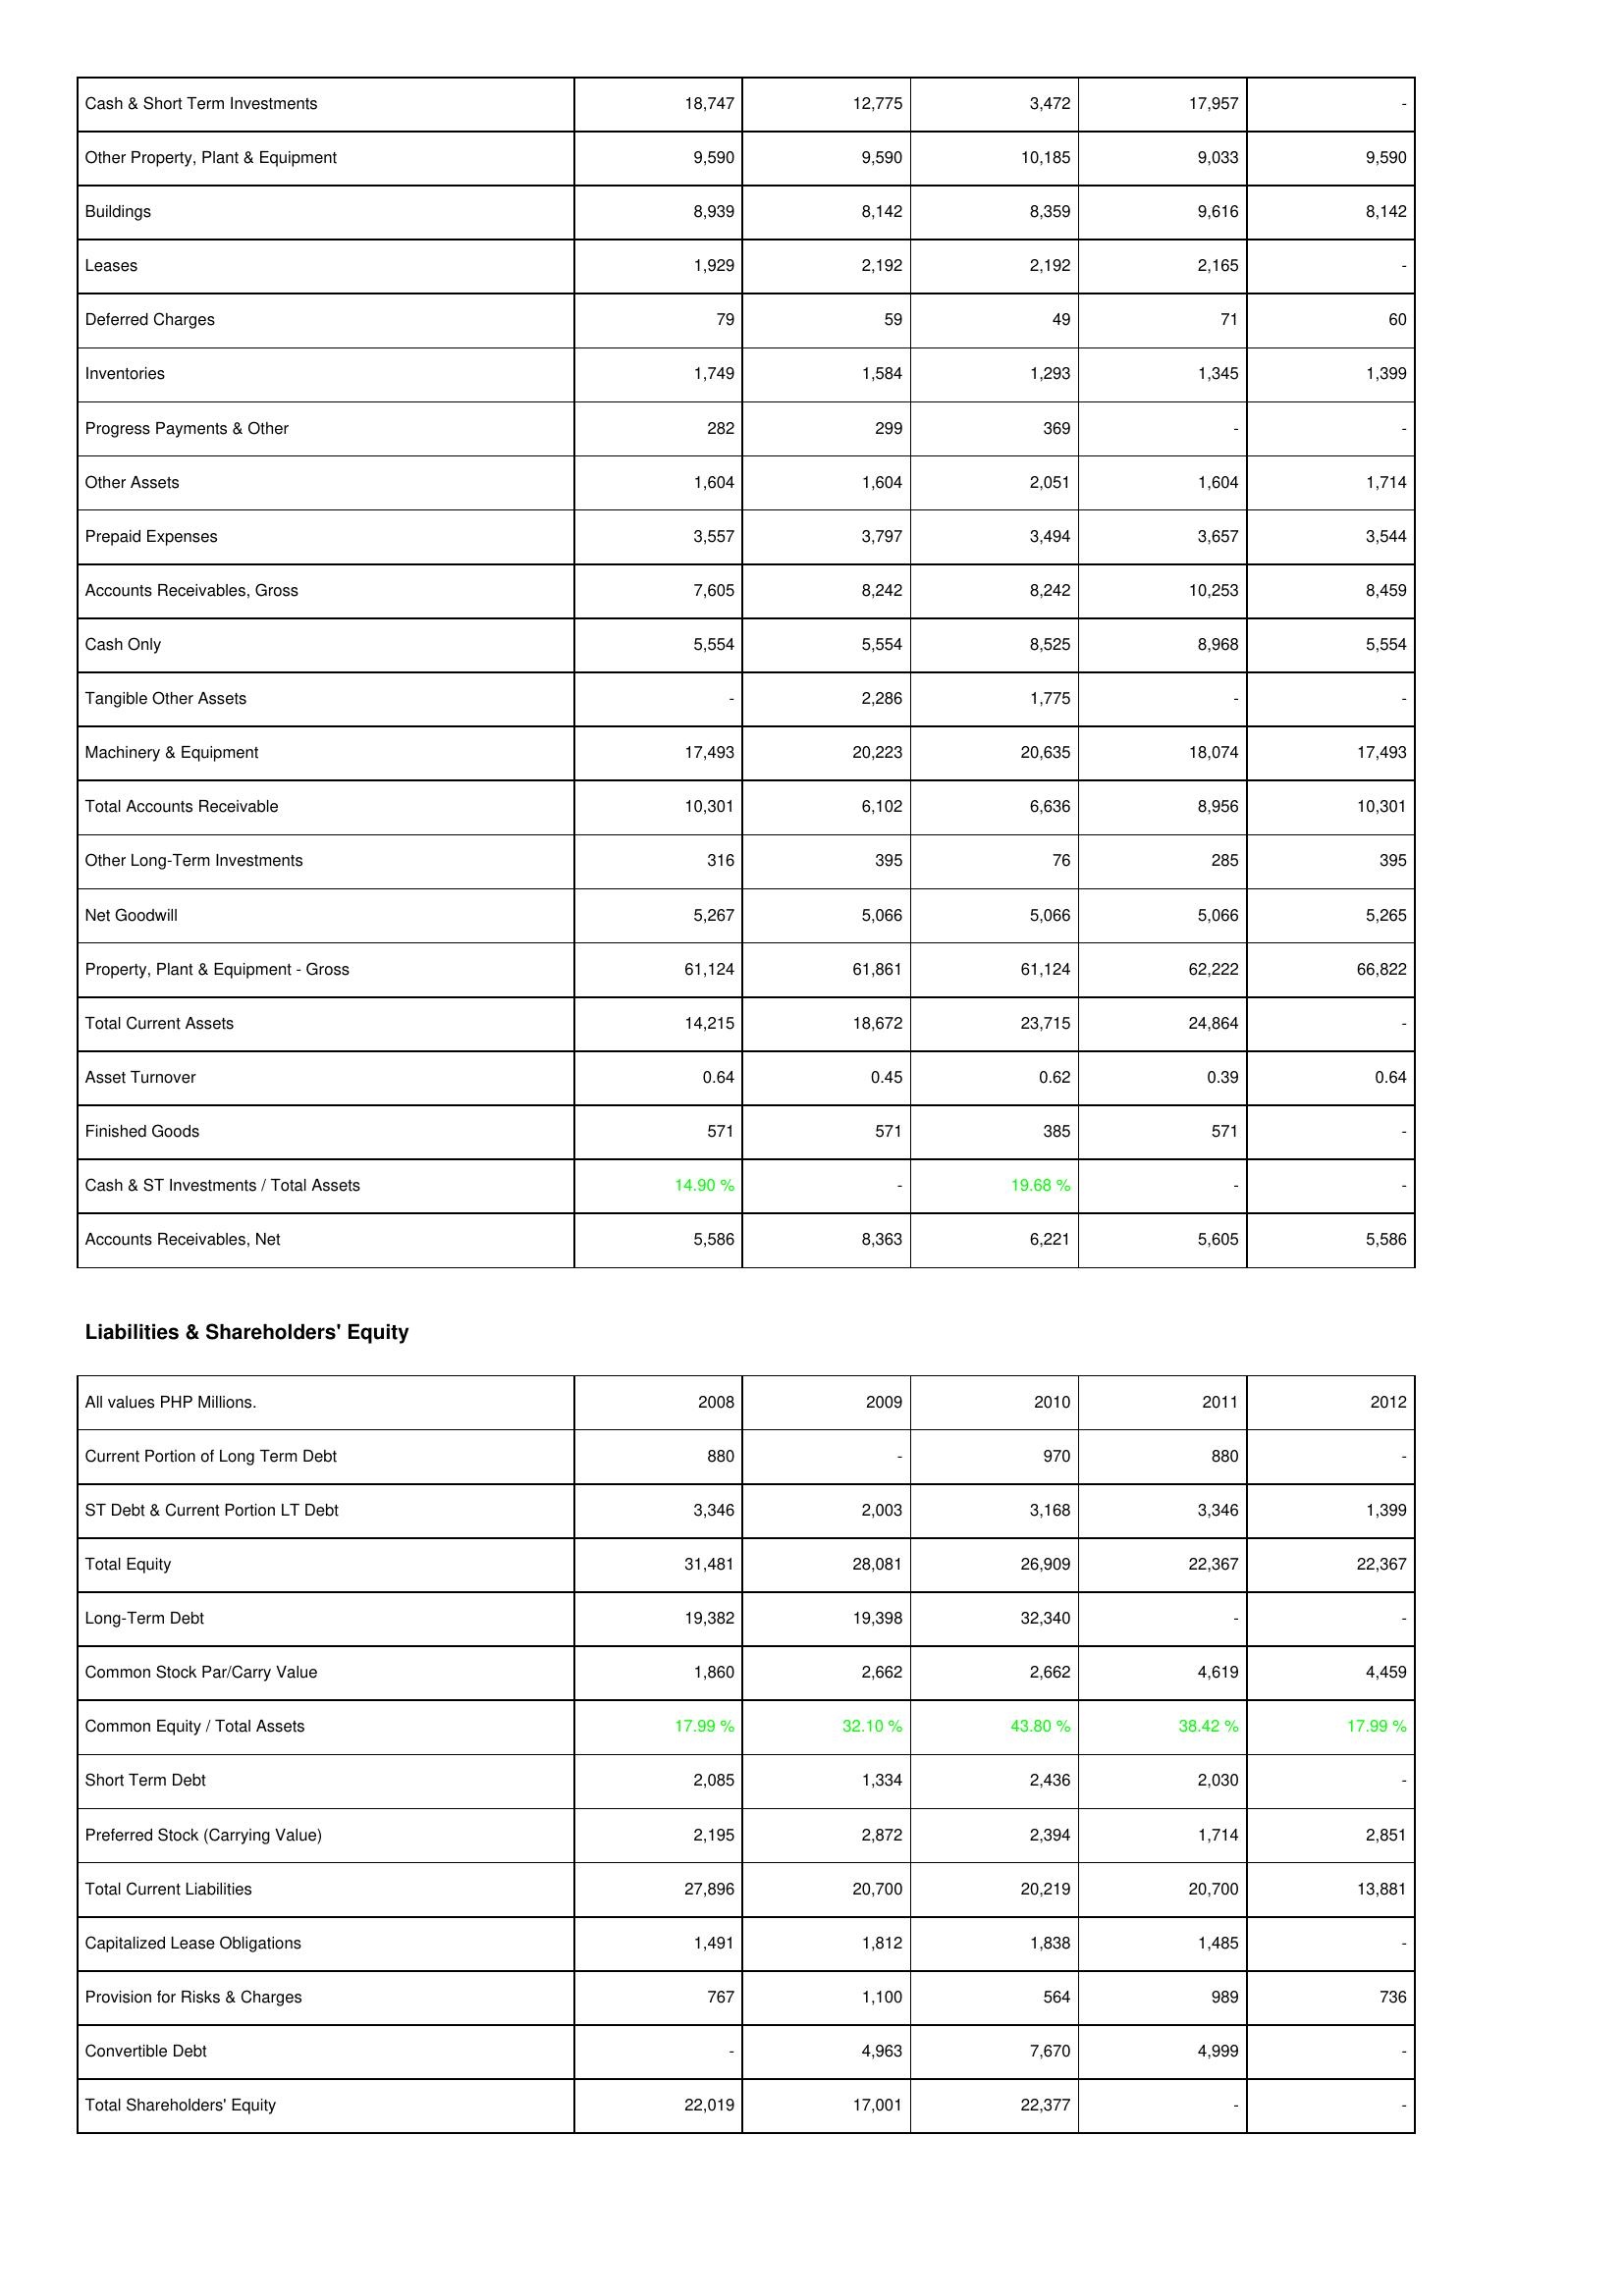
2008: Assets: Cash & Short Term Investments: 18,747
Other Property, Plant & Equipment: 9,590
Buildings: 8,939
Leases: 1,929
Deferred Charges: 79
Inventories: 1,749
Progress Payments & Other: 282
Other Assets: 1,604
Prepaid Expenses: 3,557
Accounts Receivables, Gross: 7,605
Cash Only: 5,554
Tangible Other Assets: -
Machinery & Equipment: 17,493
Total Accounts Receivable: 10,301
Other Long-Term Investments: 316
Net Goodwill: 5,267
Property, Plant & Equipment - Gross: 61,124
Total Current Assets: 14,215
Asset Turnover: 0.64
Finished Goods: 571
Cash & ST Investments / Total Assets: 14.90 %
Accounts Receivables, Net: 5,586
Liabilities & Shareholders' Equity: Current Portion of Long Term Debt: 880
ST Debt & Current Portion LT Debt: 3,346
Total Equity: 31,481
Long-Term Debt: 19,382
Common Stock Par/Carry Value: 1,860
Common Equity / Total Assets: 17.99 %
Short Term Debt: 2,085
Preferred Stock (Carrying Value): 2,195
Total Current Liabilities: 27,896
Capitalized Lease Obligations: 1,491
Provision for Risks & Charges: 767
Convertible Debt: -
Total Shareholders' Equity: 22,019
2009: Assets: Cash & Short Term Investments: 12,775
Other Property, Plant & Equipment: 9,590
Buildings: 8,142
Leases: 2,192
Deferred Charges: 59
Inventories: 1,584
Progress Payments & Other: 299
Other Assets: 1,604
Prepaid Expenses: 3,797
Accounts Receivables, Gross: 8,242
Cash Only: 5,554
Tangible Other Assets: 2,286
Machinery & Equipment: 20,223
Total Accounts Receivable: 6,102
Other Long-Term Investments: 395
Net Goodwill: 5,066
Property, Plant & Equipment - Gross: 61,861
Total Current Assets: 18,672
Asset Turnover: 0.45
Finished Goods: 571
Cash & ST Investments / Total Assets: -
Accounts Receivables, Net: 8,363
Liabilities & Shareholders' Equity: Current Portion of Long Term Debt: -
ST Debt & Current Portion LT Debt: 2,003
Total Equity: 28,081
Long-Term Debt: 19,398
Common Stock Par/Carry Value: 2,662
Common Equity / Total Assets: 32.10 %
Short Term Debt: 1,334
Preferred Stock (Carrying Value): 2,872
Total Current Liabilities: 20,700
Capitalized Lease Obligations: 1,812
Provision for Risks & Charges: 1,100
Convertible Debt: 4,963
Total Shareholders' Equity: 17,001
2010: Assets: Cash & Short Term Investments: 3,472
Other Property, Plant & Equipment: 10,185
Buildings: 8,359
Leases: 2,192
Deferred Charges: 49
Inventories: 1,293
Progress Payments & Other: 369
Other Assets: 2,051
Prepaid Expenses: 3,494
Accounts Receivables, Gross: 8,242
Cash Only: 8,525
Tangible Other Assets: 1,775
Machinery & Equipment: 20,635
Total Accounts Receivable: 6,636
Other Long-Term Investments: 76
Net Goodwill: 5,066
Property, Plant & Equipment - Gross: 61,124
Total Current Assets: 23,715
Asset Turnover: 0.62
Finished Goods: 385
Cash & ST Investments / Total Assets: 19.68 %
Accounts Receivables, Net: 6,221
Liabilities & Shareholders' Equity: Current Portion of Long Term Debt: 970
ST Debt & Current Portion LT Debt: 3,168
Total Equity: 26,909
Long-Term Debt: 32,340
Common Stock Par/Carry Value: 2,662
Common Equity / Total Assets: 43.80 %
Short Term Debt: 2,436
Preferred Stock (Carrying Value): 2,394
Total Current Liabilities: 20,219
Capitalized Lease Obligations: 1,838
Provision for Risks & Charges: 564
Convertible Debt: 7,670
Total Shareholders' Equity: 22,377
2011: Assets: Cash & Short Term Investments: 17,957
Other Property, Plant & Equipment: 9,033
Buildings: 9,616
Leases: 2,165
Deferred Charges: 71
Inventories: 1,345
Progress Payments & Other: -
Other Assets: 1,604
Prepaid Expenses: 3,657
Accounts Receivables, Gross: 10,253
Cash Only: 8,968
Tangible Other Assets: -
Machinery & Equipment: 18,074
Total Accounts Receivable: 8,956
Other Long-Term Investments: 285
Net Goodwill: 5,066
Property, Plant & Equipment - Gross: 62,222
Total Current Assets: 24,864
Asset Turnover: 0.39
Finished Goods: 571
Cash & ST Investments / Total Assets: -
Accounts Receivables, Net: 5,605
Liabilities & Shareholders' Equity: Current Portion of Long Term Debt: 880
ST Debt & Current Portion LT Debt: 3,346
Total Equity: 22,367
Long-Term Debt: -
Common Stock Par/Carry Value: 4,619
Common Equity / Total Assets: 38.42 %
Short Term Debt: 2,030
Preferred Stock (Carrying Value): 1,714
Total Current Liabilities: 20,700
Capitalized Lease Obligations: 1,485
Provision for Risks & Charges: 989
Convertible Debt: 4,999
Total Shareholders' Equity: -
2012: Assets: Cash & Short Term Investments: -
Other Property, Plant & Equipment: 9,590
Buildings: 8,142
Leases: -
Deferred Charges: 60
Inventories: 1,399
Progress Payments & Other: -
Other Assets: 1,714
Prepaid Expenses: 3,544
Accounts Receivables, Gross: 8,459
Cash Only: 5,554
Tangible Other Assets: -
Machinery & Equipment: 17,493
Total Accounts Receivable: 10,301
Other Long-Term Investments: 395
Net Goodwill: 5,265
Property, Plant & Equipment - Gross: 66,822
Total Current Assets: -
Asset Turnover: 0.64
Finished Goods: -
Cash & ST Investments / Total Assets: -
Accounts Receivables, Net: 5,586
Liabilities & Shareholders' Equity: Current Portion of Long Term Debt: -
ST Debt & Current Portion LT Debt: 1,399
Total Equity: 22,367
Long-Term Debt: -
Common Stock Par/Carry Value: 4,459
Common Equity / Total Assets: 17.99 %
Short Term Debt: -
Preferred Stock (Carrying Value): 2,851
Total Current Liabilities: 13,881
Capitalized Lease Obligations: -
Provision for Risks & Charges: 736
Convertible Debt: -
Total Shareholders' Equity: -